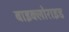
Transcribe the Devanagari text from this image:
बाइक्लोराइड